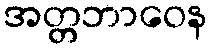
အတ္တဘာဝေန